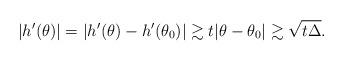
LaTeX: \begin{align*} |h'(\theta)|=|h'(\theta)-h'(\theta_0)|\gtrsim t|\theta-\theta_0|\gtrsim \sqrt{t\Delta}.\end{align*}